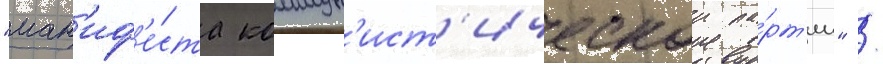
"ман'иф'е́ста коммун'ист'ическои па́рт'ии" /